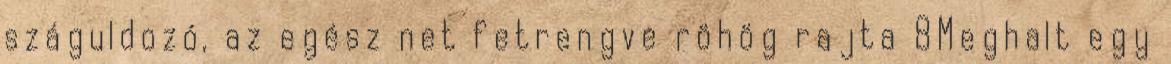
száguldozó, az egész net fetrengve röhög rajta 8Meghalt egy